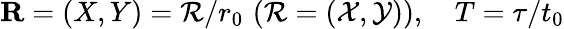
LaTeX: \mathbf{R}=(X,Y)=\mathcal{R}/r_{0}\, \, (\mathcal{R}=(\mathcal{X},\mathcal{Y})),\quad T=\tau/t_{0}